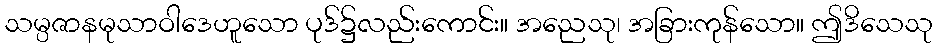
သမ္ပဇာနမုသာဝါဒေဟူသော ပုဒ်၌လည်းကောင်း။ အညေသု၊ အခြားကုန်သော။ ဤဒိသေသု